Report on vaccination in Madras 1895-1903 - 1895-1903
Year: 1895
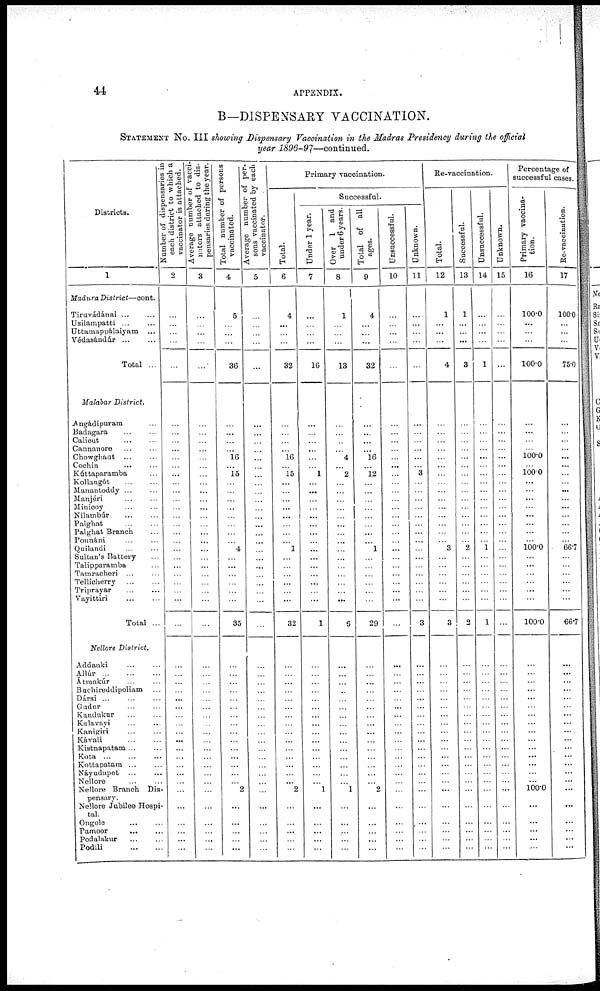
44
APPENDIX.
B—DISPENSARY VACCINATION.
STATEMENT No. III showing Dispensary Vaccination in the Madras Presidency during the official
year 1896-99—continued.
Districts.
1
Madura District—cont.
Tiruvádánai ... ...
Usilampatti ... ...
Uttamappálaiyam ...
Védasándúr
...
...
Total ...
Malabar District.
Angádipuram ...
Badagara ... ...
Calicut ... ...
Cannanore ... ...
Chowghaut
...
...
Cochin ... ...
Kúttaparamba ...
Kollangót ... ...
Manantoddy ... ...
Manjéri ... ...
Minicoy ... ...
Nilambúr
...
...
Palghat
...
...
Palghat Branch ...
Pounàni ... ...
Quilandi
...
...
Sultan's Battery ...
Talipparamba ...
Tamracheri ... ...
Tellicherry
...
...
Triprayar
...
...
Vayittiri
...
...
Total ...
Nellore District.
Addanki
...
...
Allúr
...
...
...
Atmakúr ... ...
Bachireddipoliam ...
Dársi ... ... ...
Gudur ... ...
Kandukur
...
...
Kalavayi ... ...
Kanigiri ... ...
Kávali
...
...
Kistnapatam ... ...
Kota ... ... ...
Kottapatam ... ...
Náyudupet
...
...
Nellore ... ...
Nellore Branch Dis-
pensary.
Nellore Jubilee Hospi-
tal.
Ongole ... ...
Pamoor
... ...
Podalakur ... ...
Podili
...
...
Number of dispensaries in
each district to which a
vaccinator is attached.
2
...
...
...
...
...
...
...
...
...
...
...
...
...
...
...
...
...
...
...
...
...
...
...
...
...
...
...
...
...
...
...
...
...
...
...
...
...
...
...
...
...
...
...
...
...
...
...
...
...
Average number of vacci¬
nators attached to dis-
pensaries during the year.
3
...
...
...
...
...
...
...
...
...
...
...
...
...
...
...
...
...
...
...
...
...
...
...
...
...
...
...
...
...
...
...
...
...
...
...
...
...
...
...
...
...
...
...
...
...
...
...
...
...
Total number of persons
vaccinated.
4
5
...
...
...
36
...
...
...
...
16
...
15
...
...
...
...
...
...
...
...
4
...
...
...
...
...
...
35
...
...
...
...
...
...
...
...
...
...
...
...
...
...
...
2
...
...
...
...
...
Average number of per¬
sons vaccinated by each
vaccinator.
5
...
...
...
...
...
...
...
...
...
...
...
...
...
...
...
...
...
...
...
...
...
...
...
...
...
...
...
...
...
...
...
...
...
...
...
...
...
...
...
...
...
...
...
...
...
...
...
...
...
Primary vaccination.
Total.
6
4
...
...
...
32
...
...
...
...
16
...
15
...
...
...
...
...
...
...
...
1
...
...
...
...
...
...
32
...
...
...
...
...
...
...
...
...
...
...
...
...
...
... 2
...
...
...
...
...
Successful.
Under 1 year.
7
...
...
...
...
16
...
...
...
...
...
...
1
...
...
...
...
...
...
...
...
...
...
...
...
...
...
...
1
...
...
...
...
...
...
...
...
...
...
...
...
...
...
...
1
...
...
...
...
...
Over 1 and
under 6 years.
8
1
...
...
...
13
...
...
...
...
4
...
2
...
...
...
...
...
...
...
...
...
...
...
...
...
...
...
6
...
...
...
...
...
...
...
...
...
...
...
...
...
...
...
1
...
...
...
...
...
Total of all
ages.
9
4
...
...
...
32
...
...
...
...
16
...
12
...
...
...
...
...
...
...
...
1
...
...
...
...
...
...
29
...
...
...
...
...
...
...
...
...
...
...
...
...
...
...
2
...
...
...
...
...
Unsuccessful.
10
...
...
...
...
...
...
...
...
...
...
...
...
...
...
...
...
...
...
...
...
...
...
...
...
...
...
...
...
...
...
...
...
...
...
...
...
...
...
...
...
...
...
...
...
...
...
...
...
...
Unknown.
11
...
...
...
...
...
...
...
...
...
...
...
3
...
...
...
...
...
...
...
...
...
...
...
...
...
...
...
3
...
...
...
...
...
...
...
...
...
...
...
...
...
...
...
...
...
...
...
...
...
Re-vaccination.
Total.
12
1
...
...
...
4
...
...
...
...
...
...
...
...
...
...
...
...
...
...
...
3
...
...
...
...
...
...
3
...
...
...
...
...
...
...
...
...
...
...
...
...
...
...
...
...
...
...
...
...
Successful.
13
1
...
...
...
3
...
...
...
...
...
...
...
...
...
...
...
...
...
...
...
2
...
...
...
...
...
...
2
...
...
...
...
...
...
...
...
...
...
...
...
...
...
...
...
...
...
...
...
...
Unsuccessful.
14
...
...
...
...
1
...
...
...
...
...
...
...
...
...
...
...
...
...
...
...
1
...
...
...
...
...
...
1
...
...
...
...
...
...
...
...
...
...
...
...
...
...
...
...
...
...
...
...
...
Unknown.
15
...
...
...
...
...
...
...
...
...
...
...
...
...
...
...
...
...
...
...
...
...
...
...
...
...
...
...
...
...
...
...
...
...
...
...
...
...
...
...
...
...
...
...
...
...
...
...
...
...
Percentage of
successful cases.
Primary vaccina¬
tion.
16
100.0
...
...
...
100.0
...
...
...
...
100.0
...
100.0
...
...
...
...
...
...
...
...
100.0
...
...
...
...
...
...
100.0
...
...
...
...
...
...
...
...
...
...
...
...
...
...
...
100.0
...
...
...
...
....
Re-vaccination.
17
100.0
...
...
...
75.0
...
...
...
...
...
...
...
...
...
...
...
...
...
...
...
66.7
...
...
...
...
...
...
66.7
...
...
...
...
...
...
...
...
...
...
...
...
...
...
...
...
...
...
... ...
...